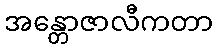
အန္တောဇာလီကတာ